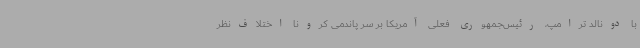
با دونالد ترامپ، رئیس‌جمهوری فعلی آمریکا بر سر پاندمی کرونا اختلاف‌نظر